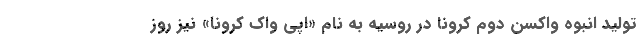
تولید انبوه واکسن دوم کرونا در روسیه به نام «اپی واک کرونا» نیز روز